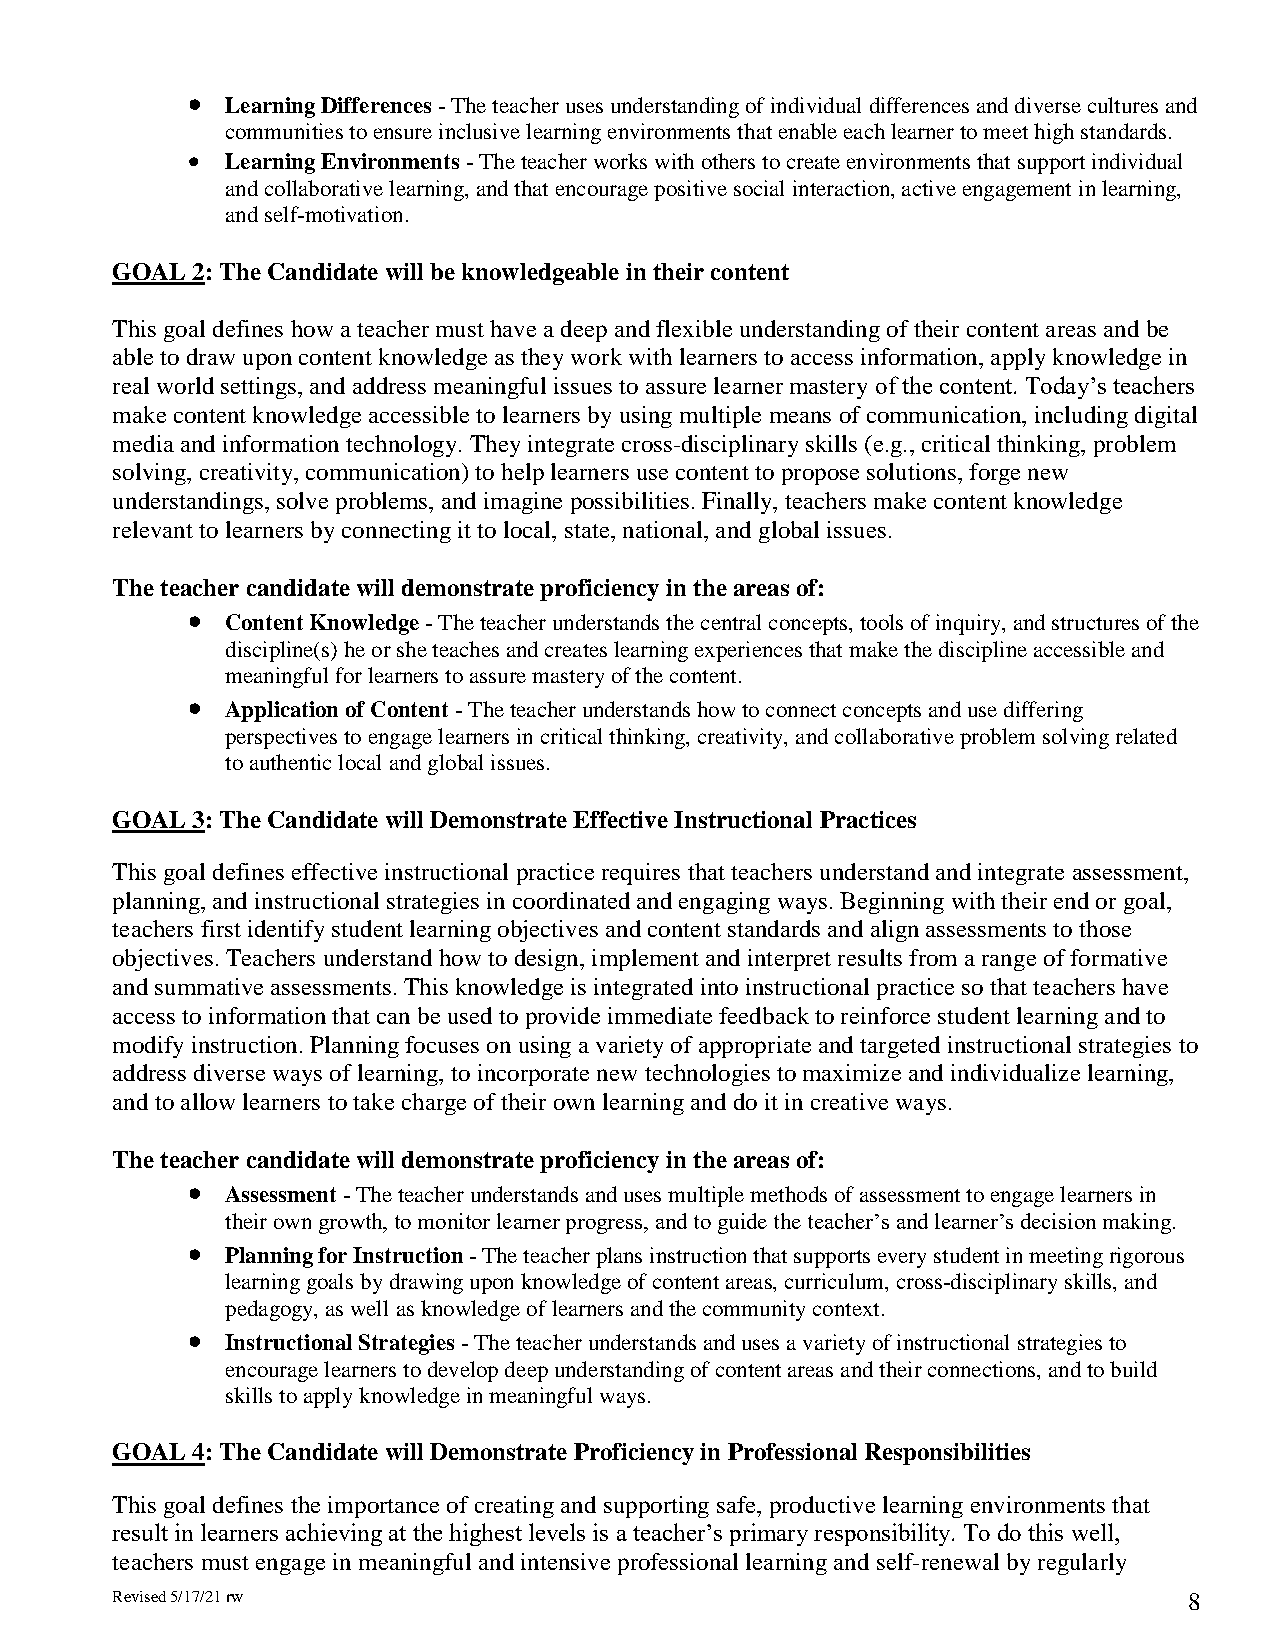
  Learning Differences - The teacher uses understanding of individual differences and diverse cultures and
 communities to ensure inclusive learning environments that enable each learner to meet high standards.
   Learning Environments - The teacher works with others to create environments that support individual
 and collaborative learning, and that encourage positive social interaction, active engagement in learning,
 and self-motivation.
 GOAL  2: The Candidate will be knowledgeable in their content
 This goal defines how a teacher must have a deep and flexible understanding of their content areas and be
 able to draw upon content knowledge as they work with learners to access information, apply knowledge in
 real world settings, and address meaningful issues to assure learner mastery of the content. Today’s teachers
 make content knowledge accessible to learners by using multiple means of communication, including digital
 media and information technology. They integrate cross-disciplinary skills (e.g., critical thinking, problem
 solving, creativity, communication) to help learners use content to propose solutions, forge new
 understandings, solve problems, and imagine possibilities. Finally, teachers make content knowledge
 relevant to learners by connecting it to local, state, national, and global issues.
 The teacher candidate will demonstrate proficiency in the areas of:
   Content Knowledge - The teacher understands the central concepts, tools of inquiry, and structures of the
 discipline(s) he or she teaches and creates learning experiences that make the discipline accessible and
 meaningful for learners to assure mastery of the content.
   Application of Content - The teacher understands how to connect concepts and use differing
 perspectives to engage learners in critical thinking, creativity, and collaborative problem solving related
 to authentic local and global issues.
 GOAL  3: The Candidate will Demonstrate Effective Instructional Practices
 This goal defines effective instructional practice requires that teachers understand and integrate assessment,
 planning, and instructional strategies in coordinated and engaging ways. Beginning with their end or goal,
 teachers first identify student learning objectives and content standards and align assessments to those
 objectives. Teachers understand how to design, implement and interpret results from a range of formative
 and summative assessments. This knowledge is integrated into instructional practice so that teachers have
 access to information that can be used to provide immediate feedback to reinforce student learning and to
 modify instruction. Planning focuses on using a variety of appropriate and targeted instructional strategies to
 address diverse ways of learning, to incorporate new technologies to maximize and individualize learning,
 and to allow learners to take charge of their own learning and do it in creative ways.
 The teacher candidate will demonstrate proficiency in the areas of:
   Assessment - The teacher understands and uses multiple methods of assessment to engage learners in
 their own growth, to monitor learner progress, and to guide the teacher’s and learner’s decision making.
   Planning for Instruction - The teacher plans instruction that supports every student in meeting rigorous
 learning goals by drawing upon knowledge of content areas, curriculum, cross-disciplinary skills, and
 pedagogy, as well as knowledge of learners and the community context.
   Instructional Strategies - The teacher understands and uses a variety of instructional strategies to
 encourage learners to develop deep understanding of content areas and their connections, and to build
 skills to apply knowledge in meaningful ways.
 GOAL  4: The Candidate will Demonstrate Proficiency in Professional Responsibilities
 This goal defines the importance of creating and supporting safe, productive learning environments that
 result in learners achieving at the highest levels is a teacher’s primary responsibility. To do this well,
 teachers must engage in meaningful and intensive professional learning and self-renewal by regularly
 Revised 5/17/21 rw                                                      8